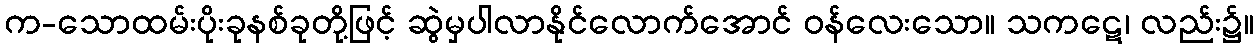
က-သောထမ်းပိုးခုနစ်ခုတို့ဖြင့် ဆွဲမှပါလာနိုင်လောက်အောင် ဝန်လေးသော။ သကဋေ၊ လည်း၌။